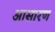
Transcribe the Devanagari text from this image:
आसारण